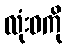
လုံးဝကို